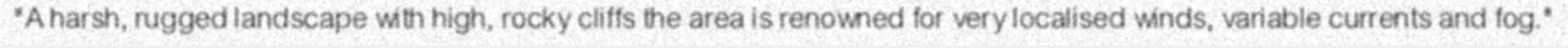
"A harsh, rugged landscape with high, rocky cliffs the area is renowned for very localised winds, variable currents and fog."